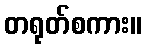
တရုတ်စကား။